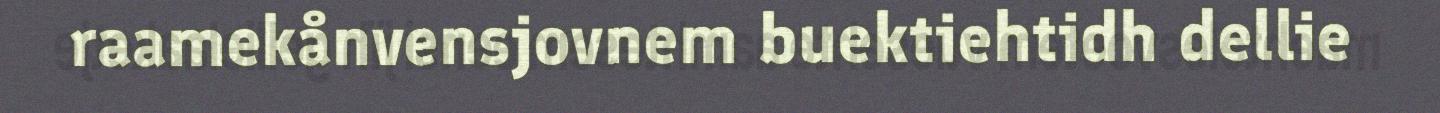
raamekånvensjovnem buektiehtidh dellie